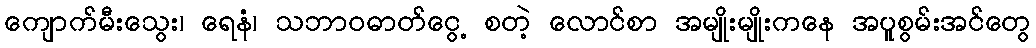
ကျောက်မီးသွေး၊ ရေနံ၊ သဘာဝဓာတ်ငွေ့ စတဲ့ လောင်စာ အမျိုးမျိုးကနေ အပူစွမ်းအင်တွေ